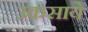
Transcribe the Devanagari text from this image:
उकसाये